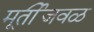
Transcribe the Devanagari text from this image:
मूर्तीजवळ